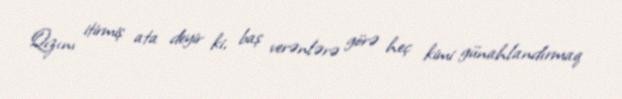
Qızını itirmiş ata deyir ki, baş verənlərə görə heç kimi günahlandırmaq